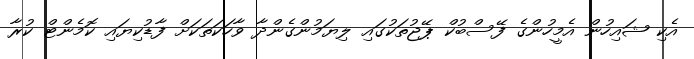
އެކި ޝައިހުން އެމީހުންގެ ފޭސްބުކް ޕޭޖުތަކުގައި ލިޔަމުންގެންދާ ވާހަކަތަކަށް ފާޑުކިޔައި ކޮމެންޓް ކުރާ